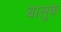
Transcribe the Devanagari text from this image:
बालुक